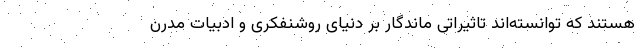
هستند که توانسته‌اند تاثیراتی ماندگار بر دنیای روشنفکری و ادبیات مدرن